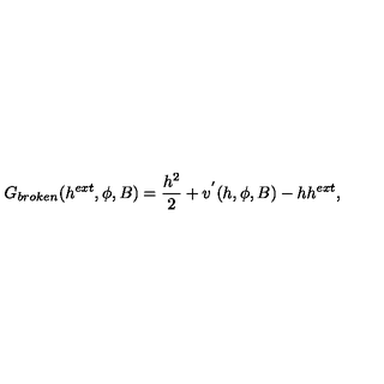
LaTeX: G _ { b r o k e n } ( h ^ { e x t } , \phi , B ) = \frac { h ^ { 2 } } { 2 } + v ^ { ' } ( h , \phi , B ) - h h ^ { e x t } ,